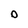
Character: O